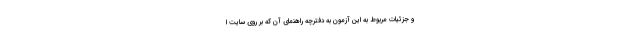
و جزئیات مربوط به این آزمون به دفترچه راهنمای آن که بر روی سایت ا